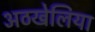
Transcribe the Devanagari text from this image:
अठखेलिया